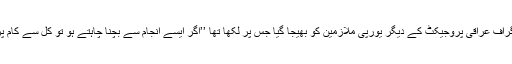
ایک فوٹو گراف عراقی پروجیکٹ کے دیگر یورپی ملازمین کو بھیجا گیا جس پر لکھا تھا ’’اگر ایسے انجام سے بچنا چاہتے ہو تو کل سے کام پر مت جاؤ۔